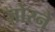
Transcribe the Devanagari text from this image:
जोरने